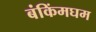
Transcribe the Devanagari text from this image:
बंकिंमघम